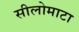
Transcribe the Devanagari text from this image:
सीलोमाटा